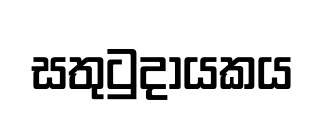
සතුටුදායකය